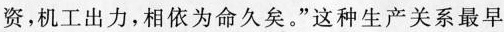
资，机工出力，相依为命久矣。”这种生产关系最早